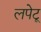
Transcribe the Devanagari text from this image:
लपेटू